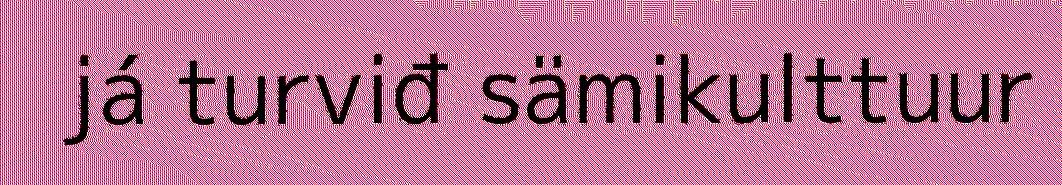
já turviđ sämikulttuur